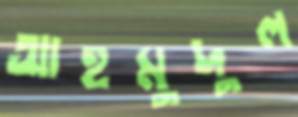
আহমুদুল